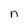
Character: n